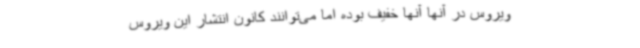
ویروس در آنها آنها خفیف بوده اما می‌توانند کانون انتشار این ویروس